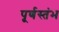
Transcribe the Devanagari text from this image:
पूर्णस्तंभ